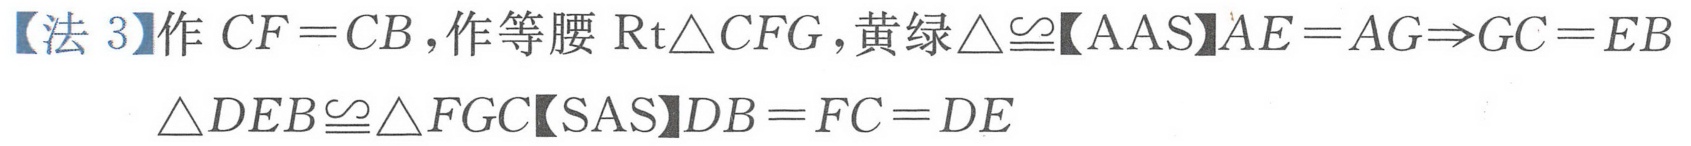
【法 3】作 \(CF = CB\)，作等腰 \(\mathrm{Rt}\triangle CFG\)，黄绿\(\triangle\cong\)【AAS】\(AE = AG\Rightarrow GC = EB\)
\(\triangle DEB\cong\triangle FGC\)【SAS】\(DB = FC = DE\)